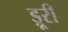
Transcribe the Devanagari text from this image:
ड्रूरी